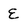
Character: E